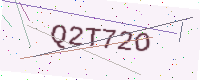
Text: Q2T72O